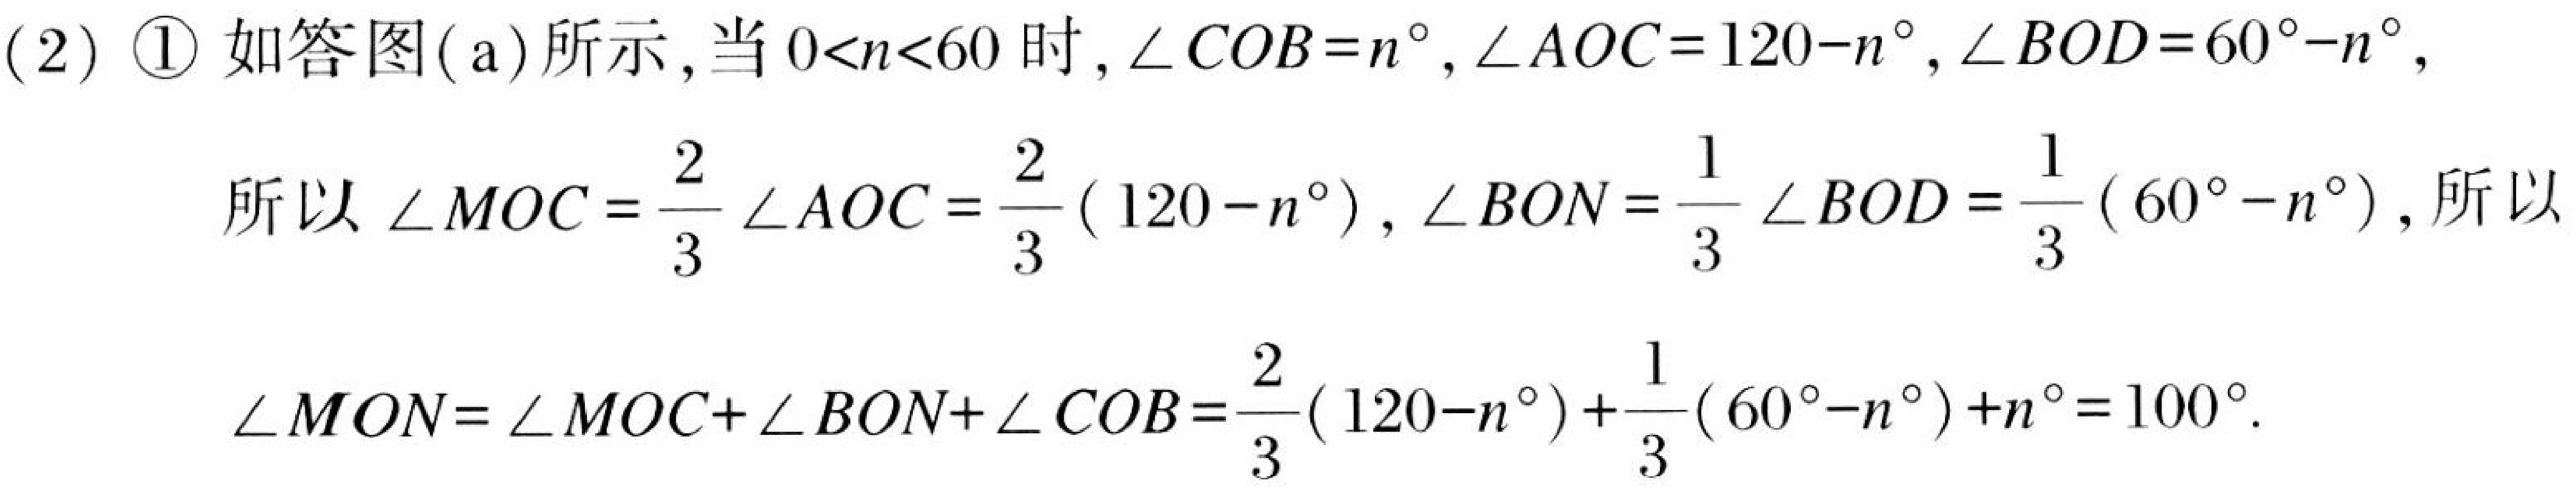
(2) \textcircled{1} 如答图( a)所示，当\(0 < n < 60\)时，\(\angle COB = n^{\circ}\)，\(\angle AOC = 120 - n^{\circ}\)，\(\angle BOD = 60^{\circ}-n^{\circ}\)，
所以\(\angle MOC=\frac{2}{3}\angle AOC=\frac{2}{3}(120 - n^{\circ})\)，\(\angle BON=\frac{1}{3}\angle BOD=\frac{1}{3}(60^{\circ}-n^{\circ})\)，所以
\(\angle MON=\angle MOC+\angle BON+\angle COB=\frac{2}{3}(120 - n^{\circ})+\frac{1}{3}(60^{\circ}-n^{\circ})+n^{\circ}=100^{\circ}\).